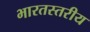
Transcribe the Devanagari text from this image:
भारतस्तरीय